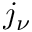
j _ { \nu }